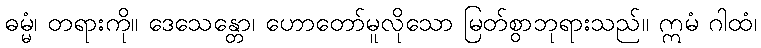
ဓမ္မံ၊ တရားကို။ ဒေသေန္တော၊ ဟောတော်မူလိုသော မြတ်စွာဘုရားသည်။ ဣမံ ဂါထံ၊